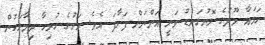
ހަމައާ މޫދުގެ ލޮނުގަނޑު ވަނީ އަންނަން ފަށާފަ އެވެ. ރަށުގެ ހުރިހާ ދިމާލަކުން